Annual report on the lock hospitals of the Madras Presidency
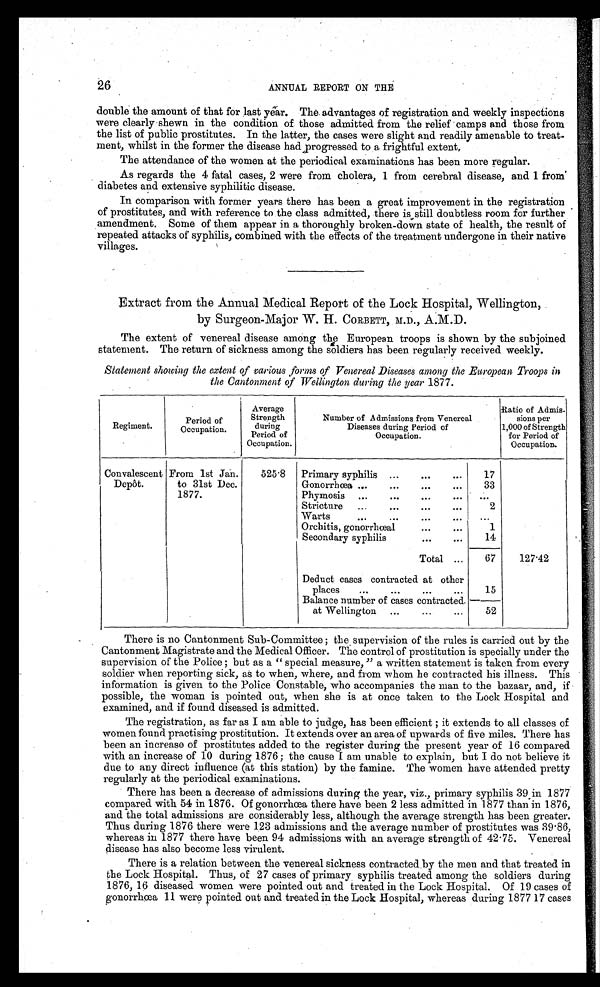
26
ANNUAL REPORT ON THE
double the amount of that for last year. The advantages of registration and weekly inspections
were clearly shewn in the condition of those admitted from the relief camps and those from
the list of public prostitutes. In the latter, the cases were slight and readily amenable to treat-
ment, whilst in the former the disease had progressed to a frightful extent.
The attendance of the women at the periodical examinations has been more regular.
As regards the 4 fatal cases, 2 were from cholera, 1 from cerebral disease, and 1 from
diabetes and extensive syphilitic disease.
In comparison with former years there has been a great improvement in the registration
of prostitutes, and with reference to the class admitted, there is still doubtless room for further
amendment. Some of them appear in a thoroughly broken-down state of health, the result of
repeated attacks of syphilis, combined with the effects of the treatment undergone in their native
villages.
Extract from the Annual Medical Report of the Lock Hospital, Wellington,
by Surgeon-Major W. H. CORBETT, M.D., A.M.D.
The extent of venereal disease among the European troops is shown by the subjoined
statement. The return of sickness among the soldiers has been regularly received weekly.
Statement showing the extent of various forms of Venereal Diseases among the European Troops in
the Cantonment of Wellington during the year 1877.
Regiment.
Period of
Occupation.
Average
Strength
during
Periodof
Occupation.
Number of Admissions from Venereal
Diseases during Period of
Occupation.
Ratio of Admis
-sions per
1,000 of Strength
for Period of
Occupation.
Convalescent
Depôt.
From 1st Jan.
to 31st Dec.
1877.
525.8
Primary syphilis ...
...
...
17
Gonorrhœa ...
...
...
...
33
Phymosis ...
...
..
...
...
Stricture ...
..
...
...
2
Warts
...
...
...
...
. . .
Orchitis, gonorrhœal
...
...
1
Secondary syphilis
...
...
14
Total ...
67
127.42
Deduct cases contracted at other
places
...
...
...
...
15
Balance number of cases contracted
at Wellington ...
...
...
52
There is no Cantonment Sub-Committee; the supervision of the rules is carried out by the
Cantonment Magistrate and the Medical Officer. The control of prostitution is specially under the
supervision of the Police; but as a "special measure," a written statement is taken from every
soldier when reporting sick, as to when, where, and from whom he contracted his illness. This
information is given to the Police Constable, who accompanies the man to the bazaar, and, if
possible, the woman is pointed out, when she is at once taken to the Lock Hospital and
examined, and if found diseased is admitted.
The registration, as far as I am able to judge, has been efficient; it extends to all classes of
women found practising prostitution. It extends over an area of upwards of five miles. There has
been an increase of prostitutes added to the register during the present year of 16 compared
with an increase of 10 during 1876; the cause I am unable to explain, but I do not believe it
due to any direct influence (at this station) by the famine. The women have attended pretty
regularly at the periodical examinations.
There has been a decrease of admissions during the year, viz., primary syphilis 39 in 1877
compared with 54 in 1876. Of gonorrhœa there have been 2 less admitted in 1877 than in 1876,
and the total admissions are considerably less, although the average strength has been greater.
Thus during 1876 there were 123 admissions and the average number of prostitutes was 39.86,
whereas in 1877 there have been 94 admissions with an average strength of 42.75. Venereal
disease has also become less virulent.
There is a relation between the venereal sickness contracted by the men and that treated in
the Lock Hospital. Thus, of 27 cases of primary syphilis treated among the soldiers during
1876, 16 diseased women were pointed out and treated in the Lock Hospital. Of 19 cases of
gonorrhœa 11 were pointed out and treated in the Lock Hospital, whereas during 1877 17 cases